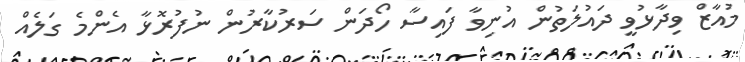
މުއާޒް ވިދާޅުވީ ދައުލަތުން އުނިވާ ފައިސާ ހޯދަން ސަރުކާރުން ނުފުރޮޅާ އެންމެ ގަލެއް